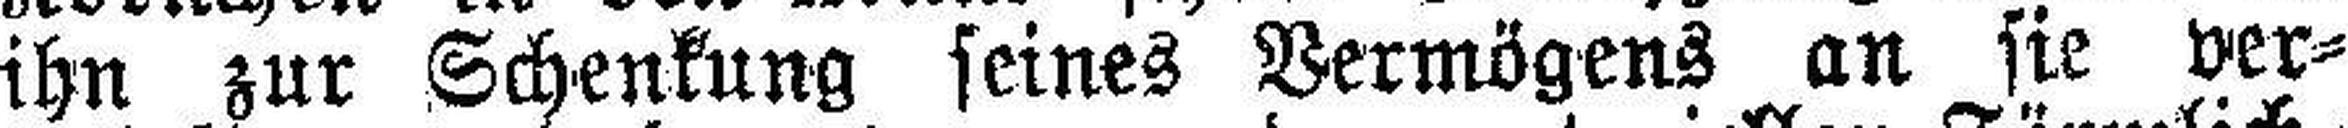
ihn zur Schenkung seines Vermögens an sie ver¬